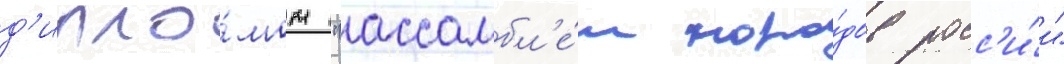
д'ипло́мом "ассамбл'е́и наро́дов росс'и́и"